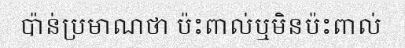
ប៉ាន់ប្រមាណថា ប៉ះពាល់ឬមិនប៉ះពាល់